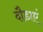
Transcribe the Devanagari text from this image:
दौडाएं